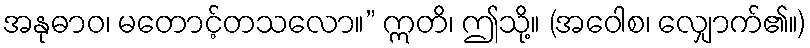
အနုဓာဝ၊ မတောင့်တသလော။” ဣတိ၊ ဤသို့။ (အဝေါစ၊ လျှောက်၏။)